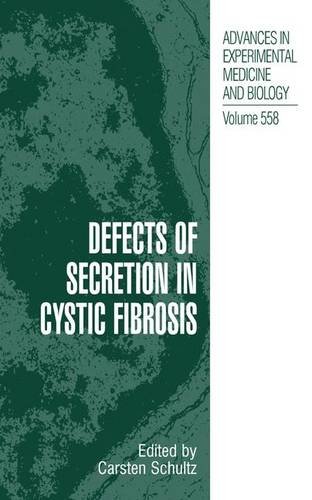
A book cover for Defects of Secretion in Cystic Fibrosis (Advances in Experimental Medicine and Biology); Health, Fitness & Dieting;